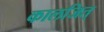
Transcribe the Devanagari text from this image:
कालजित्‌